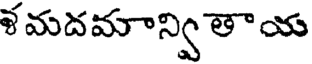
ళ మదమాన్వి తాయ